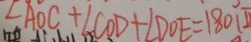
\angle A O C + \angle C O D + \angle D O E = 1 8 0 ^ { \circ } (